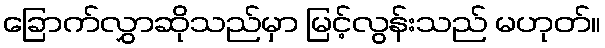
ခြောက်လွှာဆိုသည်မှာ မြင့်လွန်းသည် မဟုတ်။